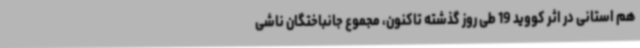
هم استانی در اثر کووید 19 طی روز گذشته تاکنون، مجموع جانباختگان ناشی